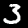
Label: 3